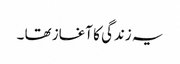
یہ زندگی کا آغاز تھا ۔